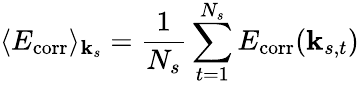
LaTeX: \langle E_{\mathrm{corr}}\rangle_{{\mathbf k}_{s}}=\frac{1}{N_{s}}\sum_{t=1}^{N_{s}}E_{\mathrm{corr}}({\mathbf k}_{s,t})